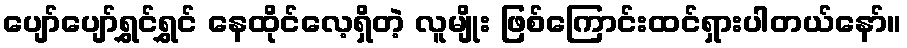
ပျော်ပျော်ရွှင်ရွှင် နေထိုင်လေ့ရှိတဲ့ လူမျိုး ဖြစ်ကြောင်းထင်ရှားပါတယ်နော်။